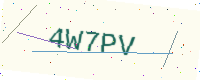
Text: 4W7PV